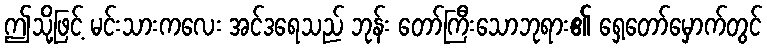
ဤသို့ဖြင့် မင်းသားကလေး အင်ဒရေသည် ဘုန်း တော်ကြီးသောဘုရား၏ ရှေ့တော်မှောက်တွင်